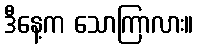
ဒီနေ့က သောကြာလား။